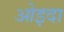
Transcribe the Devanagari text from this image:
ओइदा